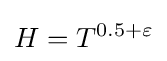
H=T^{0.5+\varepsilon }